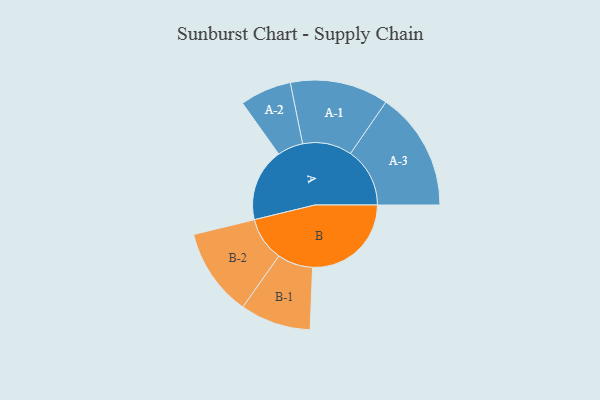
{"axis": {"x": "Segment", "y": "Value"}, "legend": ["", "A", "B"], "data": [{"x": "A", "y": 332, "type": ""}, {"x": "B", "y": 449, "type": ""}, {"x": "A-1", "y": 224, "type": "A"}, {"x": "A-2", "y": 117, "type": "A"}, {"x": "A-3", "y": 270, "type": "A"}, {"x": "B-1", "y": 161, "type": "B"}, {"x": "B-2", "y": 200, "type": "B"}]}